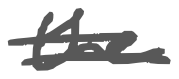
Text: the
Cross-out: double-line
Writing tool: digital_gray